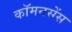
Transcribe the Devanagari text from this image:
कॉमनसेंस